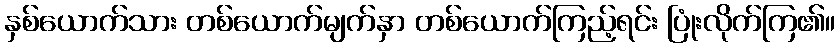
နှစ်ယောက်သား တစ်ယောက်မျက်နှာ တစ်ယောက်ကြည့်ရင်း ပြုံးလိုက်ကြ၏။